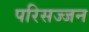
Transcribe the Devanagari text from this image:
परिसज्जन